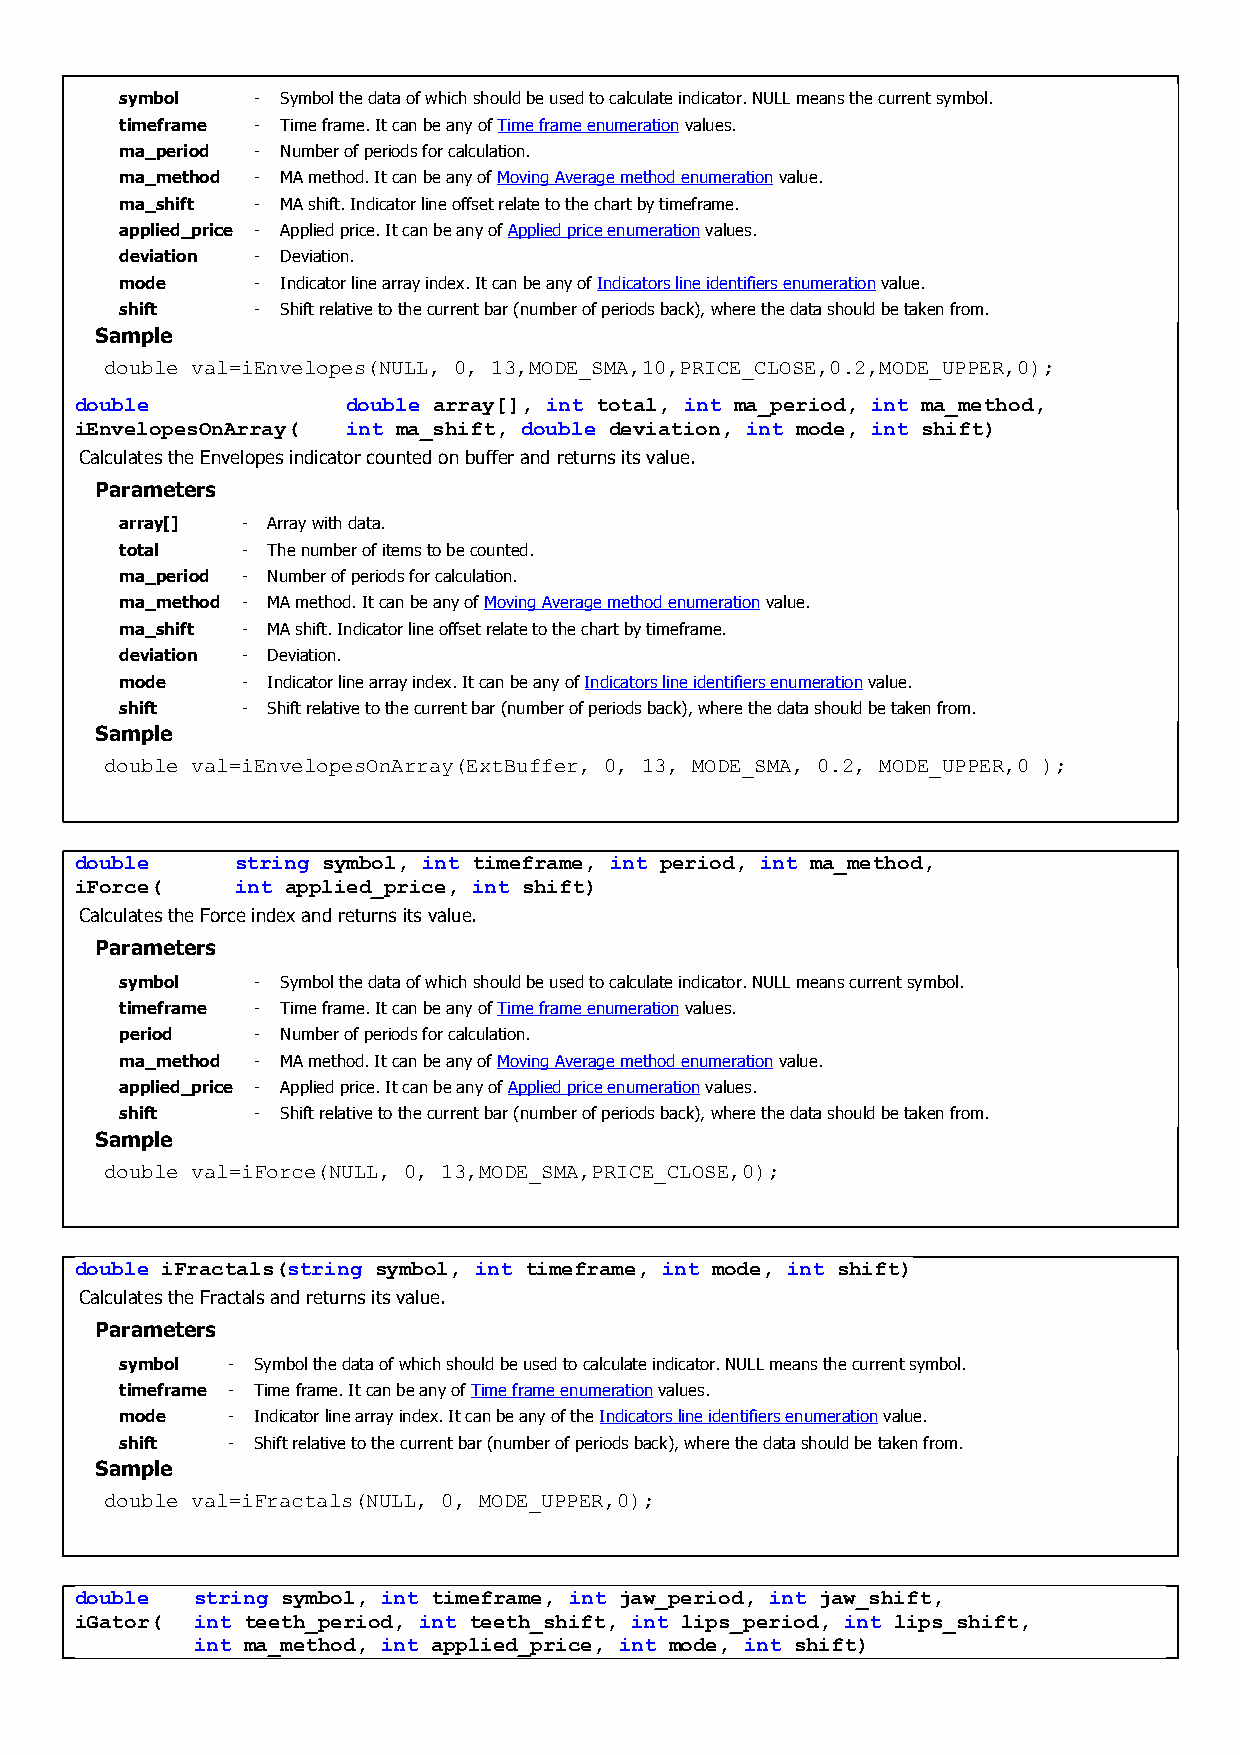
symbol   - Symbol the data of which should be used to calculate indicator. NULL means the current symbol.
 timeframe - Time frame. It can be any of Time frame enumeration values.
 ma_period - Number of periods for calculation.
 ma_method - MA method. It can be any of Moving Average method enumeration value.
 ma_shift - MA shift. Indicator line offset relate to the chart by timeframe.
 applied_price - Applied price. It can be any of Applied price enumeration values.
 deviation - Deviation.
 mode     - Indicator line array index. It can be any of Indicators line identifiers enumeration value.
 shift    - Shift relative to the current bar (number of periods back), where the data should be taken from.
 Sample
 double val=iEnvelopes(NULL, 0, 13,MODE_SMA,10,PRICE_CLOSE,0.2,MODE_UPPER,0);
 double            double array[], int total, int ma_period, int ma_method,
 iEnvelopesOnArray( int ma_shift, double deviation, int mode, int shift)
 Calculates the Envelopes indicator counted on buffer and returns its value.
 Parameters
 array[] - Array with data.
 total   - The number of items to be counted.
 ma_period - Number of periods for calculation.
 ma_method - MA method. It can be any of Moving Average method enumeration value.
 ma_shift - MA shift. Indicator line offset relate to the chart by timeframe.
 deviation - Deviation.
 mode    - Indicator line array index. It can be any of Indicators line identifiers enumeration value.
 shift   - Shift relative to the current bar (number of periods back), where the data should be taken from.
 Sample
 double val=iEnvelopesOnArray(ExtBuffer, 0, 13, MODE_SMA, 0.2, MODE_UPPER,0 );
 double     string symbol, int timeframe, int period, int ma_method,
 iForce(    int applied_price, int shift)
 Calculates the Force index and returns its value.
 Parameters
 symbol   - Symbol the data of which should be used to calculate indicator. NULL means current symbol.
 timeframe - Time frame. It can be any of Time frame enumeration values.
 period   - Number of periods for calculation.
 ma_method - MA method. It can be any of Moving Average method enumeration value.
 applied_price - Applied price. It can be any of Applied price enumeration values.
 shift    - Shift relative to the current bar (number of periods back), where the data should be taken from.
 Sample
 double val=iForce(NULL, 0, 13,MODE_SMA,PRICE_CLOSE,0);
 double iFractals(string symbol, int timeframe, int mode, int shift)
 Calculates the Fractals and returns its value.
 Parameters
 symbol - Symbol the data of which should be used to calculate indicator. NULL means the current symbol.
 timeframe - Time frame. It can be any of Time frame enumeration values.
 mode   - Indicator line array index. It can be any of the Indicators line identifiers enumeration value.
 shift  - Shift relative to the current bar (number of periods back), where the data should be taken from.
 Sample
 double val=iFractals(NULL, 0, MODE_UPPER,0);
 double  string symbol, int timeframe, int jaw_period, int jaw_shift,
 iGator( int teeth_period, int teeth_shift, int lips_period, int lips_shift,
 int ma_method, int applied_price, int mode, int shift)